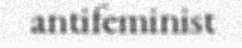
antifeminist